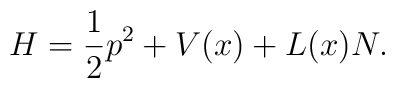
H=\frac 12p^2+V(x)+L(x)N.